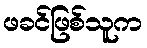
ဖခင်ဖြစ်သူက